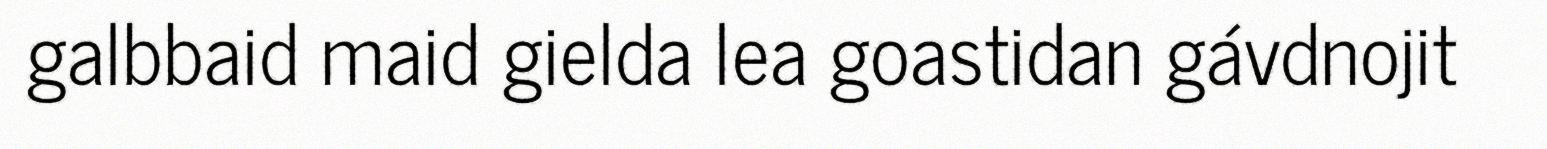
galbbaid maid gielda lea goastidan gávdnojit